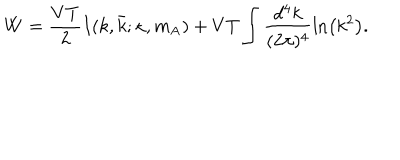
LaTeX: W = \frac { V T } { 2 } I ( k , \bar { k } ; \kappa , m _ { \mathrm { A } } ) + V T \int \frac { d ^ { 4 } k } { ( 2 \pi ) ^ { 4 } } \ln \left( k ^ { 2 } \right) .